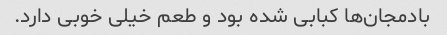
بادمجان‌ها کبابی شده بود و طعم خیلی خوبی دارد.